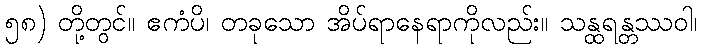
၅၈) တို့တွင်။ ဧကံပိ၊ တခုသော အိပ်ရာနေရာကိုလည်း။ သန္ထရန္တဿဝါ၊